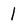
Character: 1